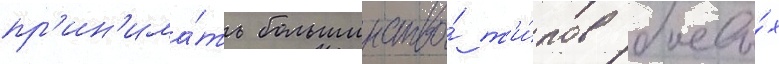
пр'ин'има́ть большинство́ т'и́пов боевы́х